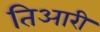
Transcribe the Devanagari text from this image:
तिआरी